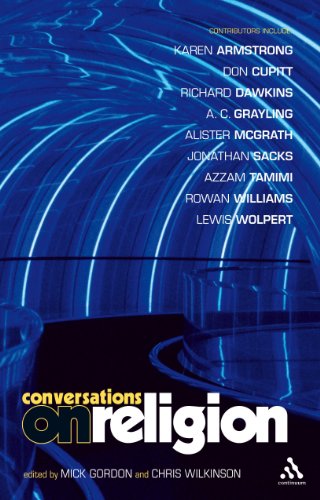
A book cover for Conversations on Religion; Religion & Spirituality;